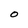
Character: O